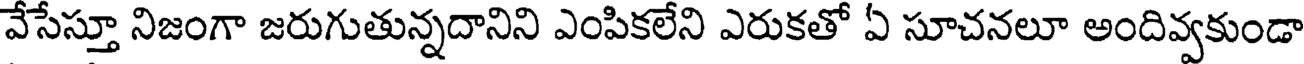
వేసేస్తూ నిజంగా జరుగుతున్నదానిని ఎంపికలేని ఎరుకతో ఏ సూచనలూ అందివ్వకుండా